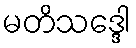
မတိသဒ္ဒေါ